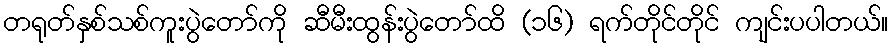
တရုတ်နှစ်သစ်ကူးပွဲတော်ကို ဆီမီးထွန်းပွဲတော်ထိ (၁၆) ရက်တိုင်တိုင် ကျင်းပပါတယ်။